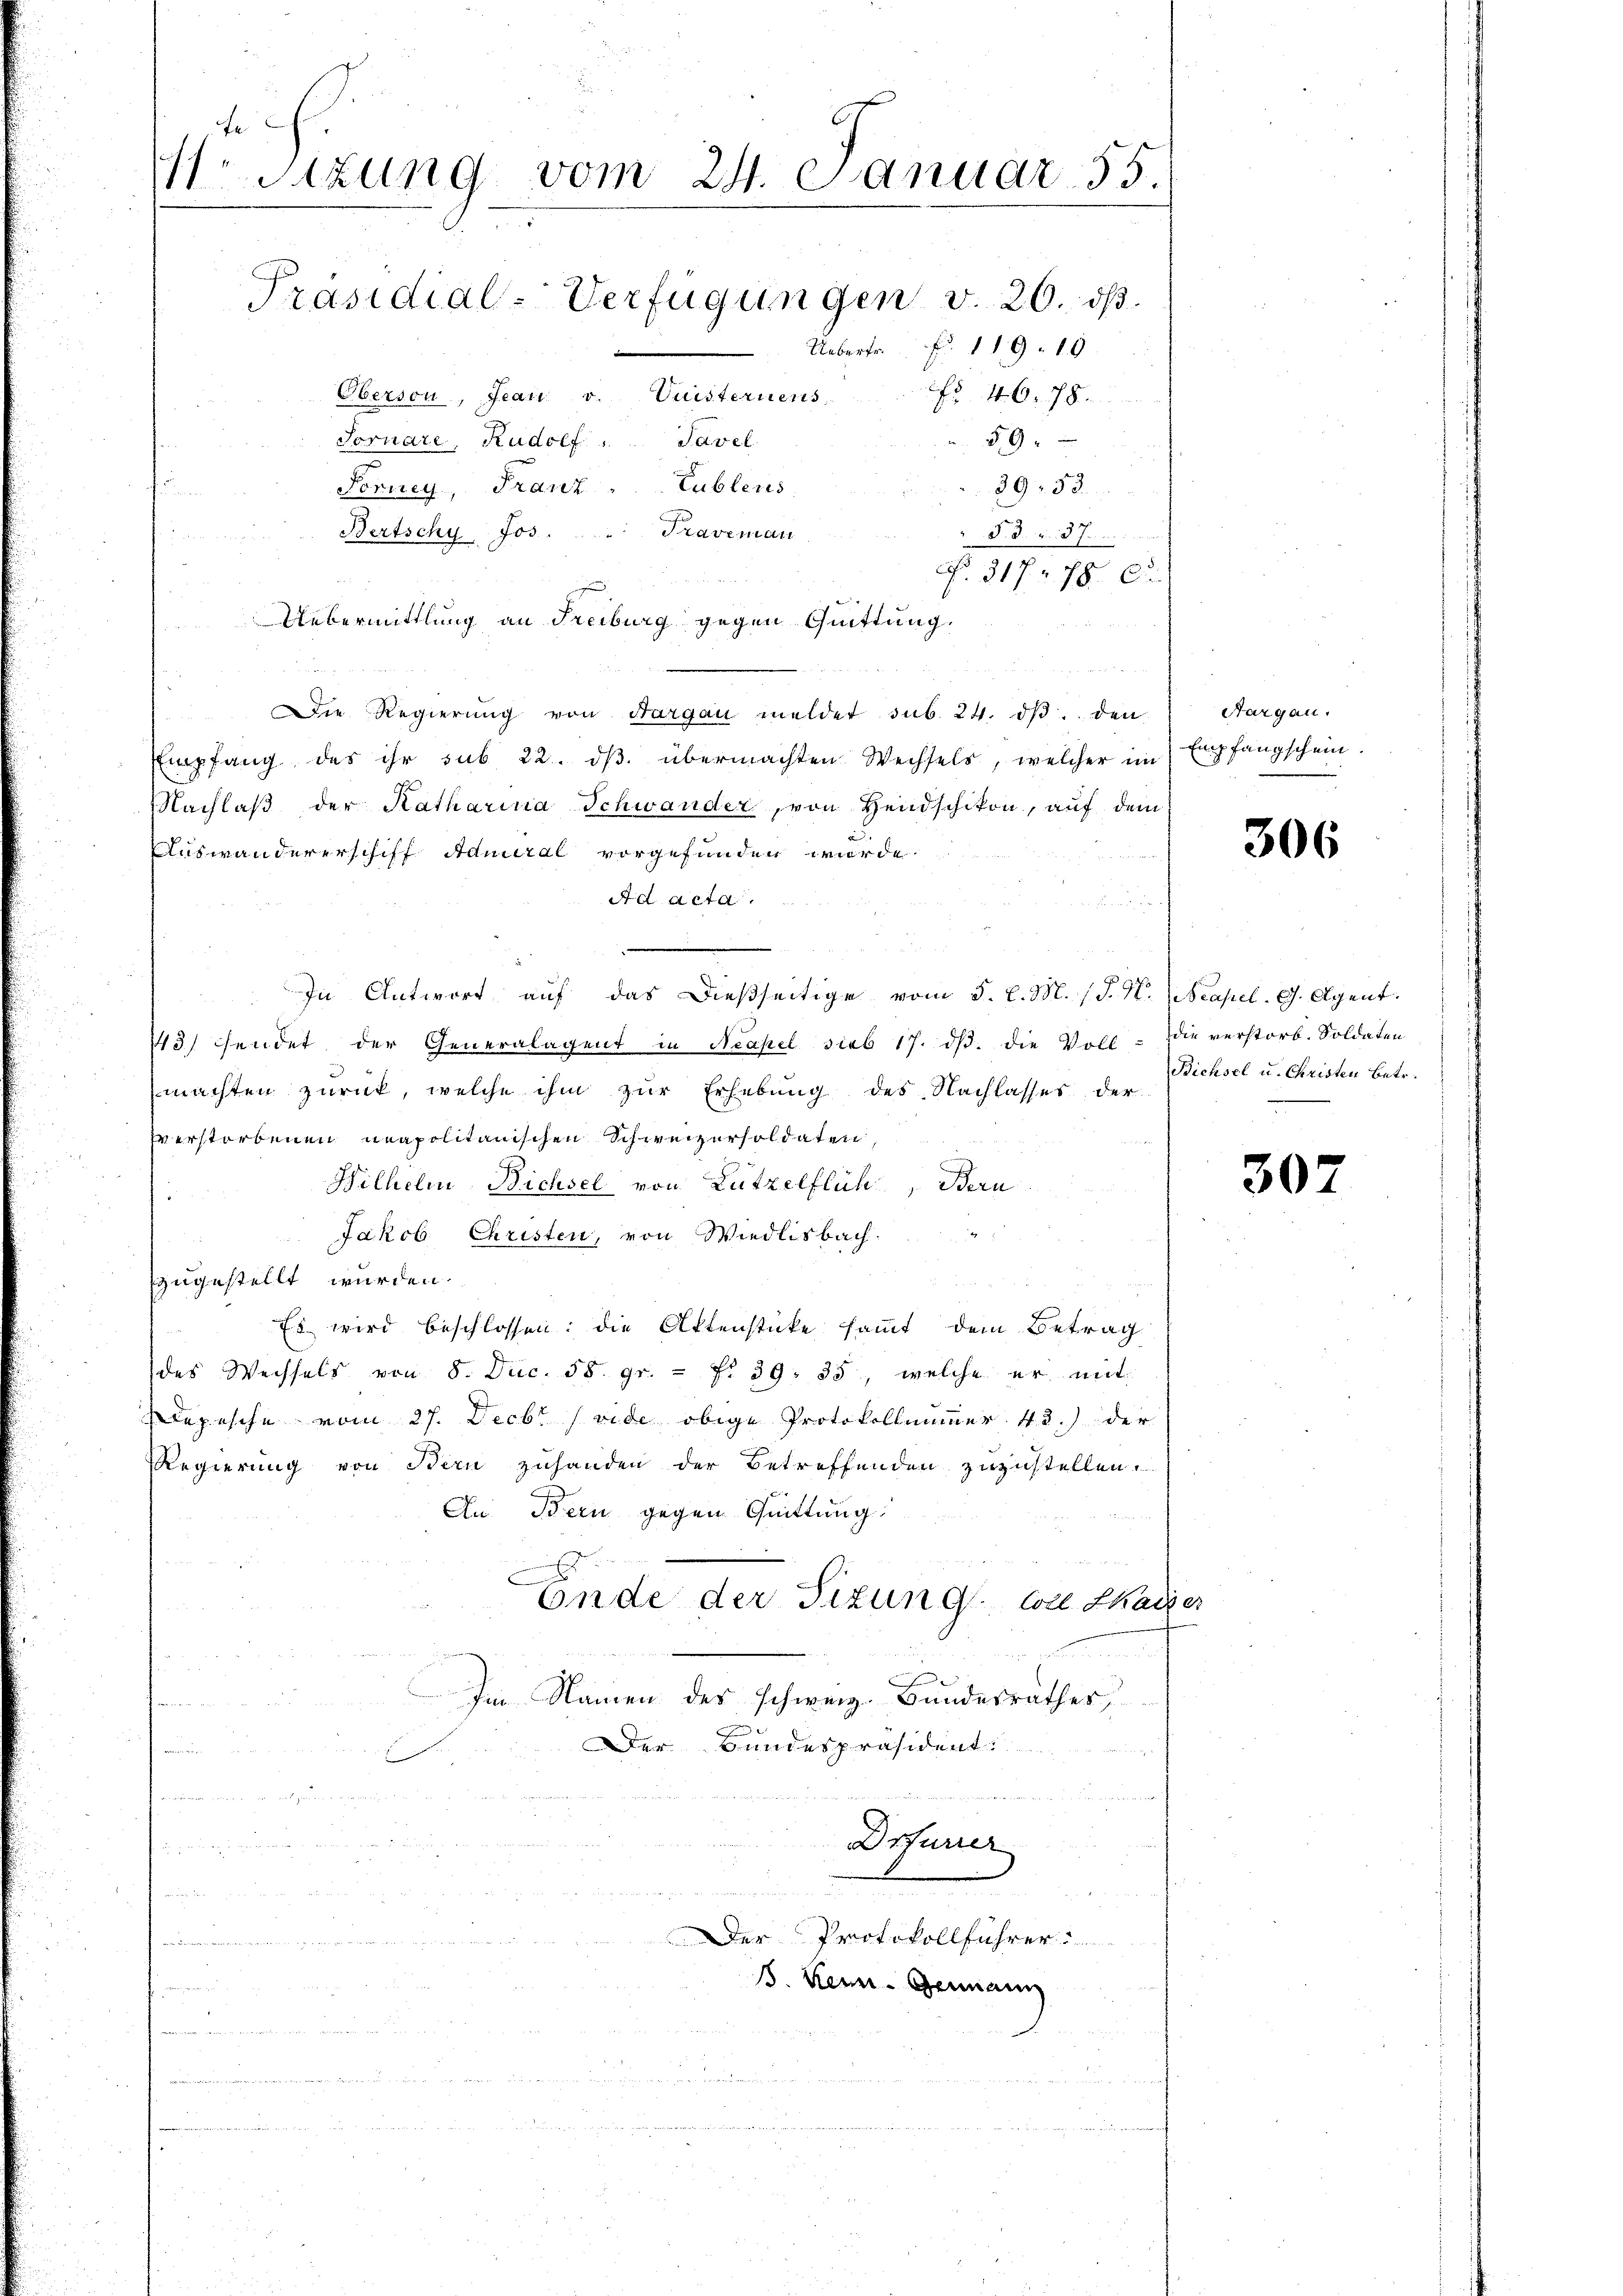
te
M. Sitzung vom 24. Januar 55
Präsidial-Verfügungen v. 26. ds.
Uebertr. f. 119. 19
Oberson, Jean v. Leisternens
§ 46. 78.
59
Fornare, Rudolf "  Tavel
39. 53.
Forney, Franz Lublens

Bertschy Jos.
§. 3. v. 57.

No. 317. 278. 63.
Uebermittlung an Freiburg gegen Quittung.
Die Regierŭng von Aargau meldet sub. 24. dβ. den
Empfang des ihr sub 22. dβ übermachten Wechsels, welcher im
Nachlaß der Katharina Schwander, von Hendschikon, auf dem
Auswandererschiff Aduiral vorgefunden wurde.
Ad acta.
In Antwort auf das dießseitige vom 5. d. M. (T. N. Neapel. G. Agent
13 sendet der Generalagent in Neapel sieb 17. dβ. die Voll- Die verstorb. Soldaten
machten zurück, welche ihm zur Erhebung des Nachlasses der
Everstorbenen neapolitanischen Schweizersoldaten,
Wilhelm Bichsel von Lützelflüh, Bern
Jakob Christen, von Wiedlisbach.
zugestellt wurden.
Es wird beschlossen: die Aktenstücke sammt dem Betrag
des Wechsels von 8. Dec. 58. gr. - No 39. 35, welche er mit
Depesche vom 27. Decbr (vide obige Protokollnumer 43.) der
Regierung von Bern zuhanden der Betreffenden zuzustellen.
An Bern gegen Quittung
Ende der Sizung soll Chaiser
Im Namen des schweiz. Bundesrathes,
s
Der Bundespräsident:
.
n

Drturier
n
n
Der Protokollführer:
u
d
ß. Kein Germain

Traveman

Aargau.
Empfangschein.

306

Bichsel u. Christen Betr.

307